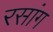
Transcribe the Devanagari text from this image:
रसांग